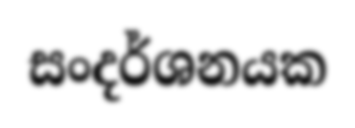
සංදර්ශනයක